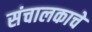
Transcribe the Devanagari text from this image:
संचालकाचे